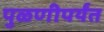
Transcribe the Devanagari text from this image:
पुळणीपर्यंत